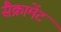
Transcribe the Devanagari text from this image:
सैक्रामेंट